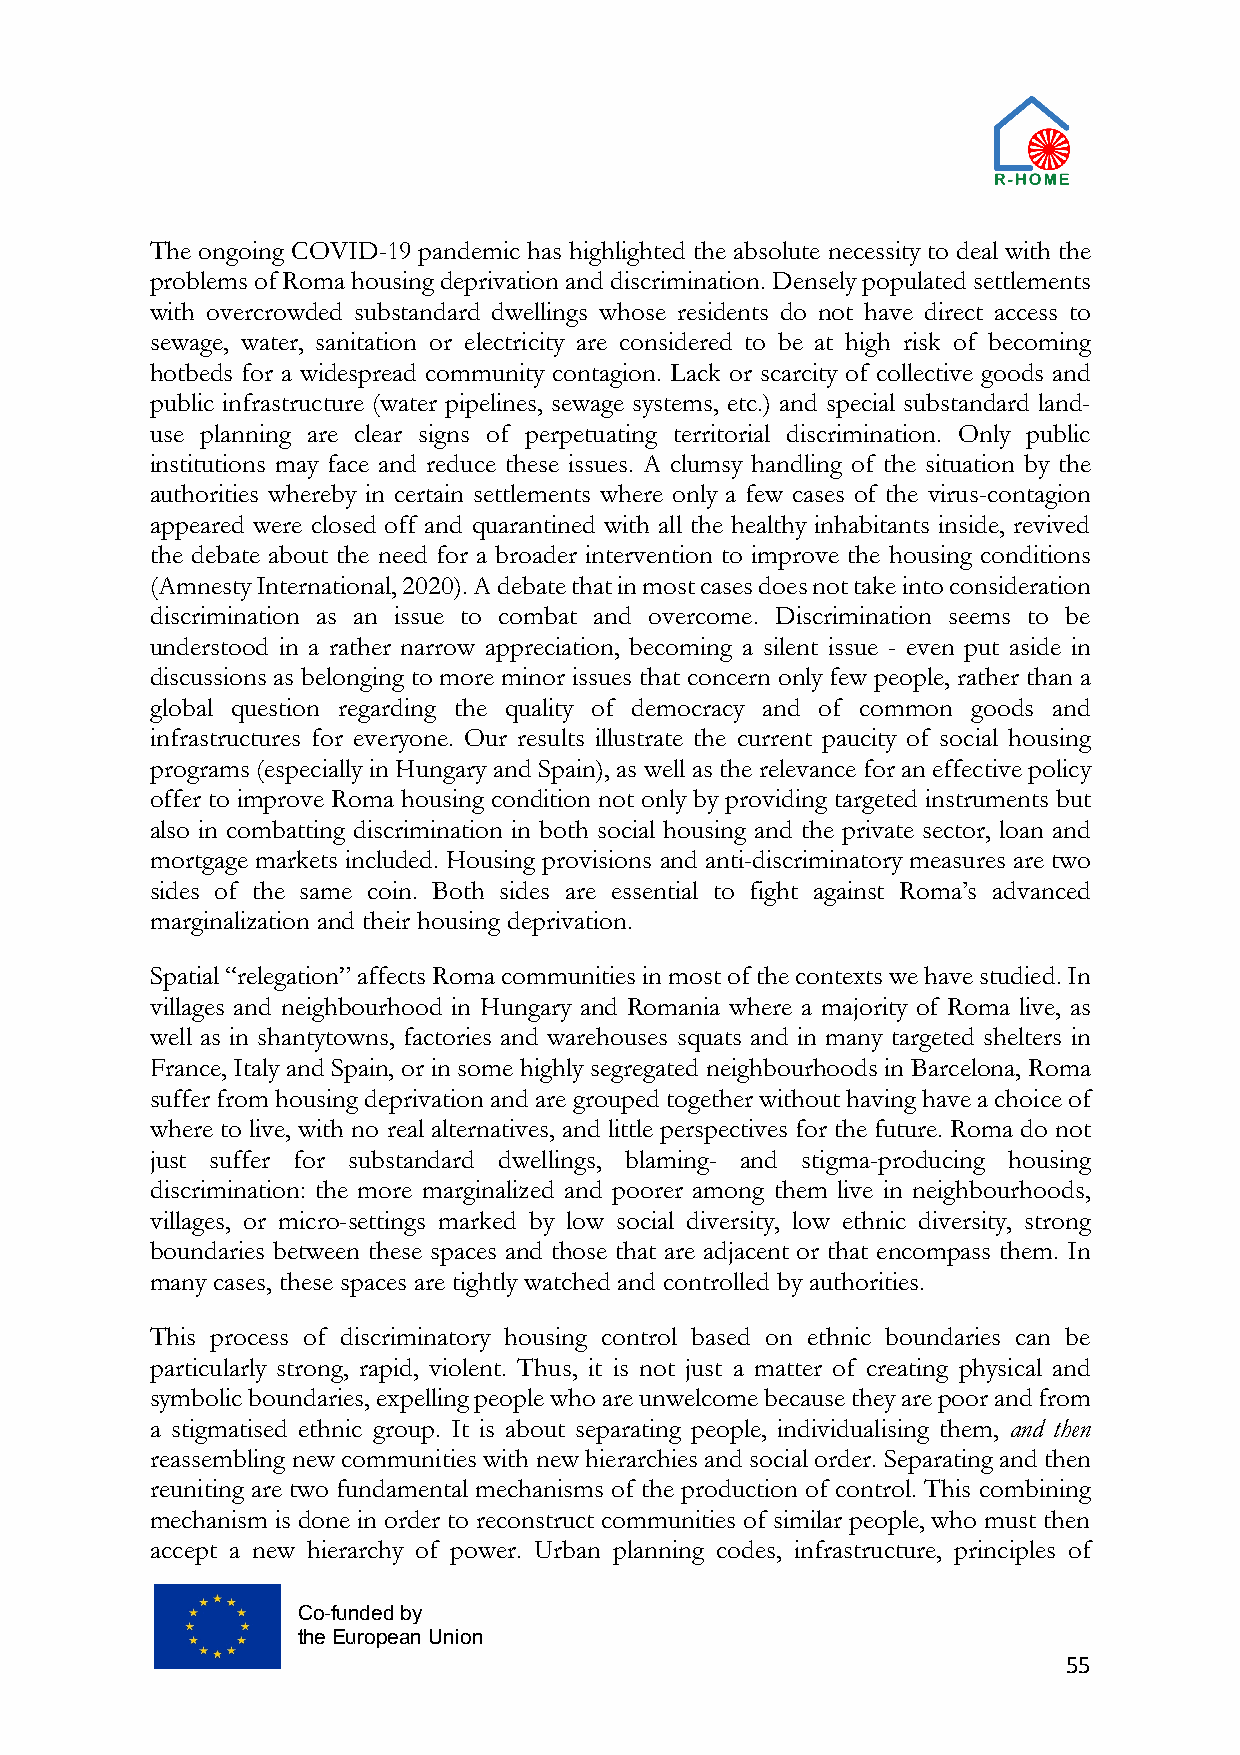
The ongoing COVID-19 pandemic has highlighted the absolute necessity to deal with the
 problems of Roma housing deprivation and discrimination. Densely populated settlements
 with overcrowded substandard dwellings whose residents do not have direct access to
 sewage, water, sanitation or electricity are considered to be at high risk of becoming
 hotbeds for a widespread community contagion. Lack or scarcity of collective goods and
 public infrastructure (water pipelines, sewage systems, etc.) and special substandard land-
 use planning are clear signs of perpetuating territorial discrimination. Only public
 institutions may face and reduce these issues. A clumsy handling of the situation by the
 authorities whereby in certain settlements where only a few cases of the virus-contagion
 appeared were closed off and quarantined with all the healthy inhabitants inside, revived
 the debate about the need for a broader intervention to improve the housing conditions
 (Amnesty International, 2020). A debate that in most cases does not take into consideration
 discrimination as an issue to combat and overcome. Discrimination seems to be
 understood in a rather narrow appreciation, becoming a silent issue - even put aside in
 discussions as belonging to more minor issues that concern only few people, rather than a
 global question regarding the quality of democracy and of common goods and
 infrastructures for everyone. Our results illustrate the current paucity of social housing
 programs (especially in Hungary and Spain), as well as the relevance for an effective policy
 offer to improve Roma housing condition not only by providing targeted instruments but
 also in combatting discrimination in both social housing and the private sector, loan and
 mortgage markets included. Housing provisions and anti-discriminatory measures are two
 sides of the same coin. Both sides are essential to fight against Roma’s advanced
 marginalization and their housing deprivation.
 Spatial “relegation” affects Roma communities in most of the contexts we have studied. In
 villages and neighbourhood in Hungary and Romania where a majority of Roma live, as
 well as in shantytowns, factories and warehouses squats and in many targeted shelters in
 France, Italy and Spain, or in some highly segregated neighbourhoods in Barcelona, Roma
 suffer from housing deprivation and are grouped together without having have a choice of
 where to live, with no real alternatives, and little perspectives for the future. Roma do not
 just suffer for substandard dwellings, blaming- and stigma-producing housing
 discrimination: the more marginalized and poorer among them live in neighbourhoods,
 villages, or micro-settings marked by low social diversity, low ethnic diversity, strong
 boundaries between these spaces and those that are adjacent or that encompass them. In
 many cases, these spaces are tightly watched and controlled by authorities.
 This process of discriminatory housing control based on ethnic boundaries can be
 particularly strong, rapid, violent. Thus, it is not just a matter of creating physical and
 symbolic boundaries, expelling people who are unwelcome because they are poor and from
 a stigmatised ethnic group. It is about separating people, individualising them, and then
 reassembling new communities with new hierarchies and social order. Separating and then
 reuniting are two fundamental mechanisms of the production of control. This combining
 mechanism is done in order to reconstruct communities of similar people, who must then
 accept a new hierarchy of power. Urban planning codes, infrastructure, principles of
 Co-funded by
 the European Union
 55